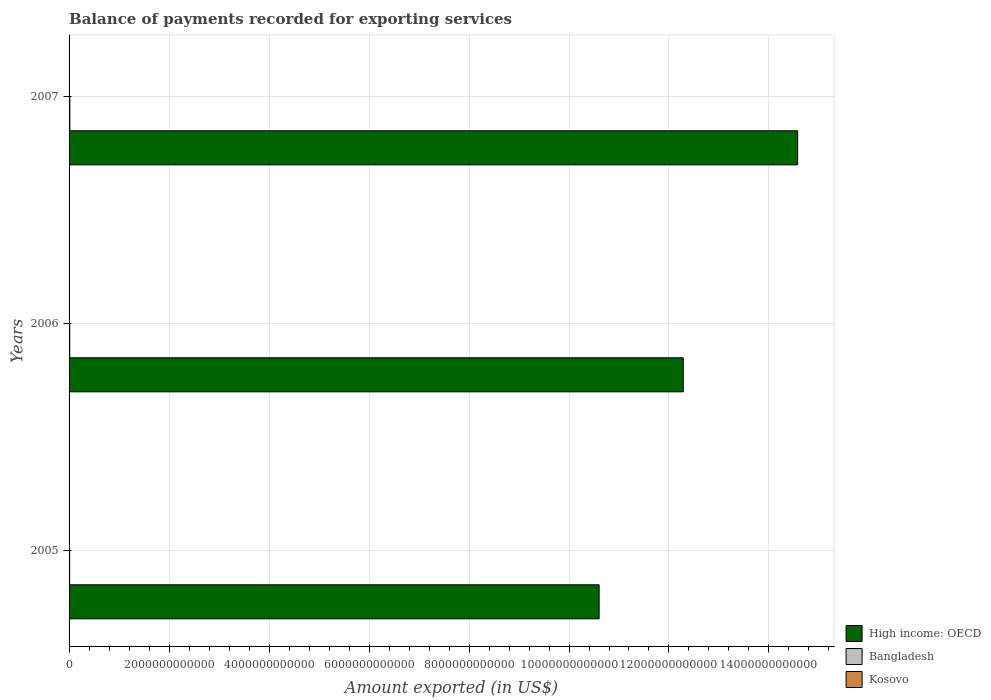
| Years | High income: OECD | Bangladesh | Kosovo |
 | --- | --- | --- | --- |
 | 2005 | 1.06e+13 | 1.13e+10 | 6.25e+08 |
 | 2006 | 1.23e+13 | 1.33e+10 | 7.5e+08 |
 | 2007 | 1.46e+13 | 1.52e+10 | 9.91e+08 |